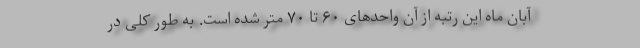
آبان ماه این رتبه از آن واحدهای ۶۰ تا ۷۰ متر شده است. به طور کلی در